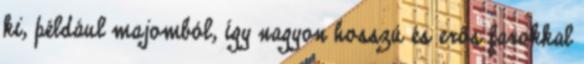
ki, például majomból, így nagyon hosszú és erős farokkal